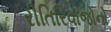
રીતિરિવાજોનો